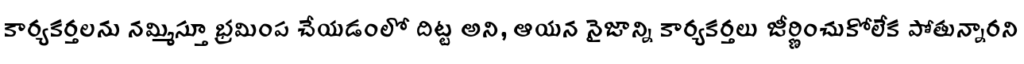
కార్యకర్తలను నమ్మిస్తూ భ్రమింప చేయడంలో దిట్ట అని, ఆయన నైజాన్ని కార్యకర్తలు జీర్ణించుకోలేక పోతున్నారని